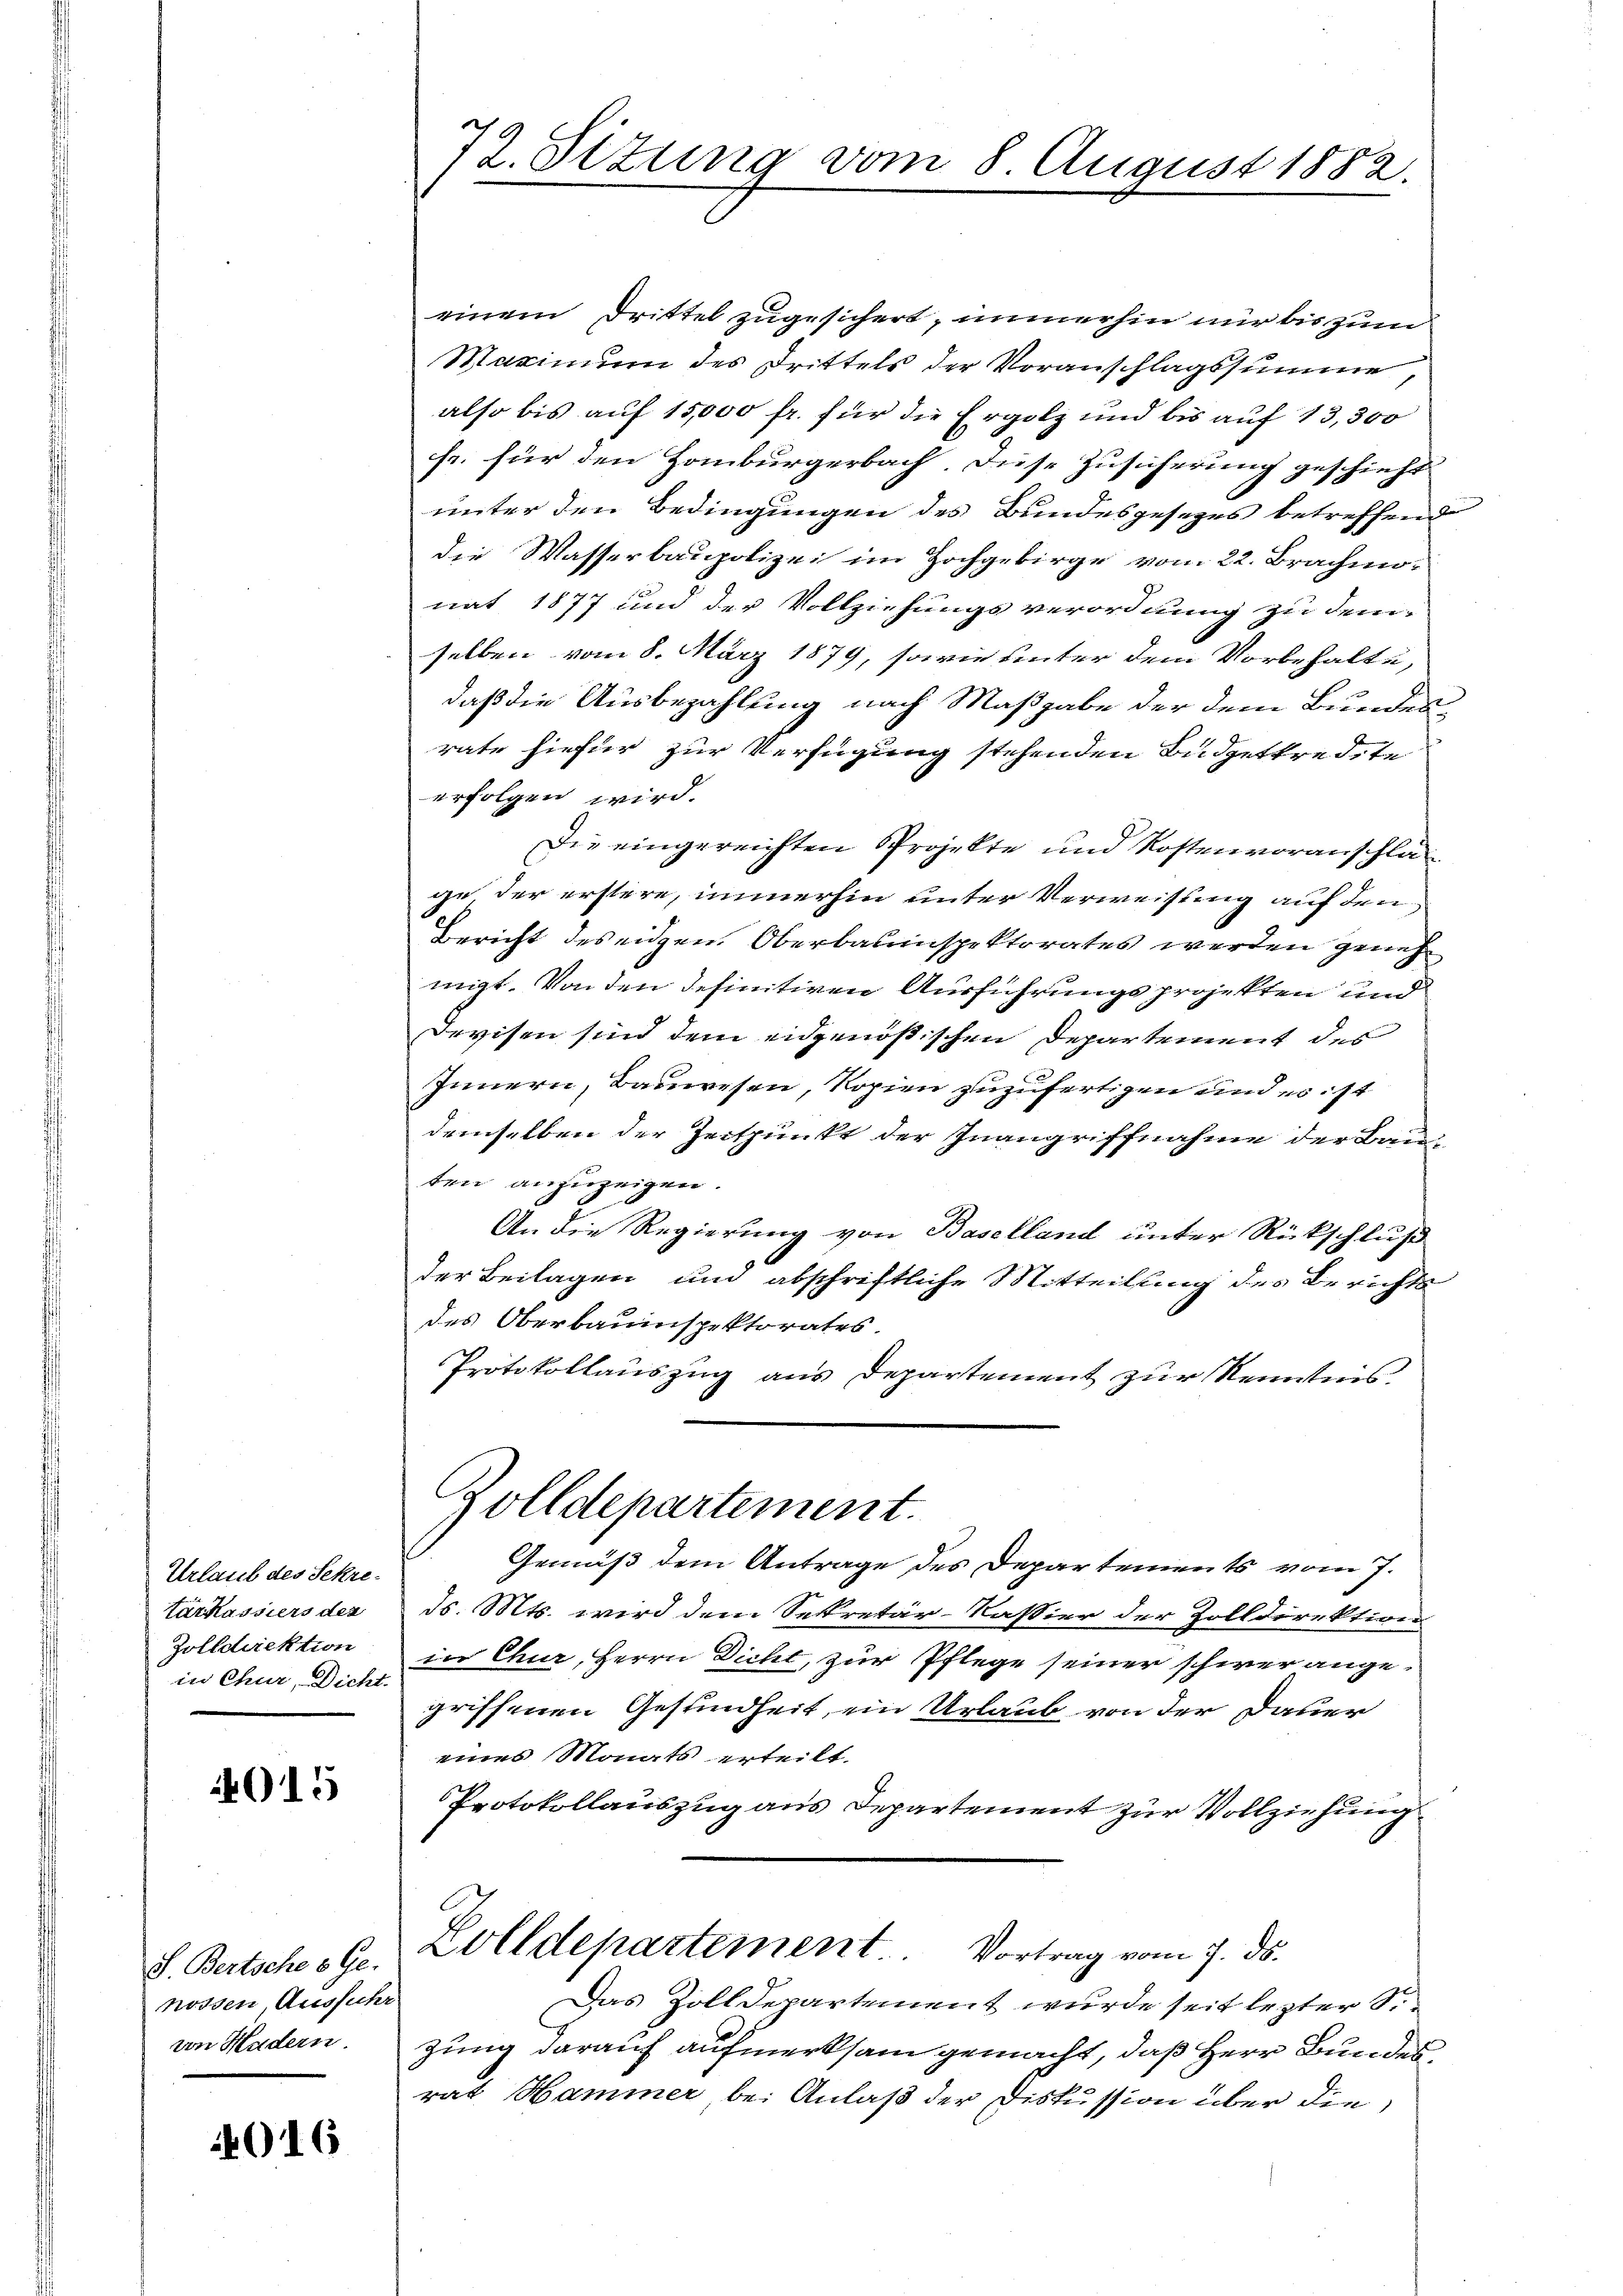
Urlaub des Sekretarkassiers der
Zolldirektion
in Chur, Dicht.

4015

S. Bertsche v. Ge-
nossen Ausfuhr
von Hudern.

016

72. Sitzung vom 8. August 1882.

einem Drittel zugesichert, immerhin nur bis zum
Maximum des Drittels der Voranschlagssumme,
also bis auf 15,000 fr. für die Ergolz und bis auf 13,300
fr. für den Homburgerbach. Diese Zusicherung geschieht
unter den Bedingungen des Bundesgesezes betreffend
die Wasserbaupolizei im Hochgebirge vom 22. Brachmonat 1877 und der Vollziehungsverordnung zu dem
selben vom 8. März 1879, sowie unter dem Vorbehalte,
daß die Ausbezahlung nach Maßgabe der dem Bundesrate hiefür zur Verfügung stehenden Budgetkredite
erfolgen wird.
Die eingereichten Projekte und Kostenvoranschlage der erstere, immerhin unter Verweisung auf den
Bericht des eidgen. Oberbauinspektorates werden geneh
migt. Von den definitiven Ausführungsprojekten und
Devisen sind dem eidgenößischen Departement des
Innern, Bauwesen, Kopien zuzufertigen und es ist
demselben der Zeitpunkt der Inangriffnahme der Bauten anzuzeigen.
An die Regierung von Baselland unter Rückschluß
der Beilagen und abschriftliche Mitteilung des Berichte
des Oberbauinspektorates.
Protokollauszug aus Departement zur Kenntnis.
Zolldepartement.
Gemäß dem Antrage des Departements vom 7.
ds. Mts. wird dem Sekretär-Kassier der Zolldirektion
in Chur, Herrn Dicht, zur Pflege seiner schwer angegriffenen Gesundheit, ein Urlaub von der Dauer
eines Monats erteilt.
Protokollauszug aus Departement zur Vollziehung
Zolldepartement Vortrag vom 7. ds.
Das Zolldepartement wurde seit letzter S
zung darauf aufmerksam gemacht, daß Herr Bundesrat Hammer bei Anlaß der Diskussion über die